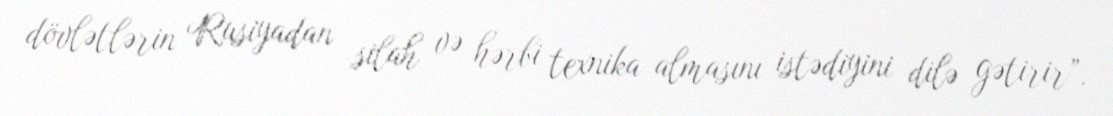
dövlətlərin Rusiyadan silah və hərbi texnika almasını istədiyini dilə gətirir”.